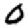
Digit: 0